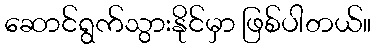
ဆောင်ရွက်သွားနိုင်မှာ ဖြစ်ပါတယ်။